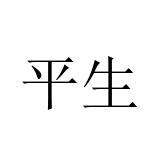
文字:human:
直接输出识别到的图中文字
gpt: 平生